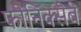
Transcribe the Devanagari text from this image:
फोनिक्सेबे